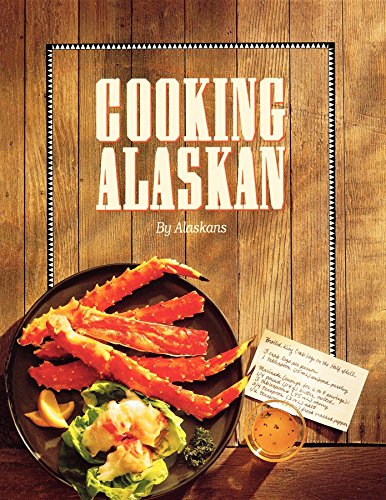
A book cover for Cooking Alaskan; Alaskans; Cookbooks, Food & Wine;